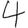
Digit: 4